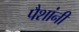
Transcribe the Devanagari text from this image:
पैशांनी